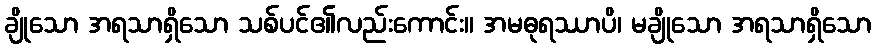
ချိုသော အရသာရှိသော သစ်ပင်၏လည်းကောင်း။ အမဓုရဿာပိ၊ မချိုသော အရသာရှိသော